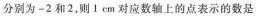
分别为-2和2，则1 cm对应数轴上的点表示的数是